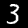
Label: 3